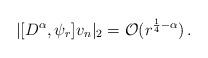
LaTeX: \begin{align*} |[D^{\alpha},\psi_r]v_n |_2 =\mathcal{O}(r^{\frac14-\alpha}) \, .\end{align*}